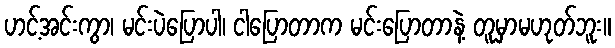
ဟင့်အင်းကွာ၊ မင်းပဲပြောပါ၊ ငါပြောတာက မင်းပြောတာနဲ့ တူမှာမဟုတ်ဘူး။